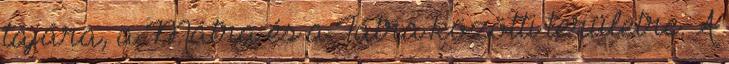
tájára, a Mátra és a Tátra közötti területre. A